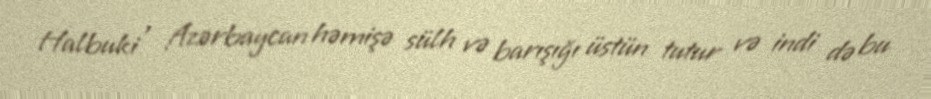
Halbuki , Azərbaycan həmişə sülh və barışığı üstün tutur və indi də bu